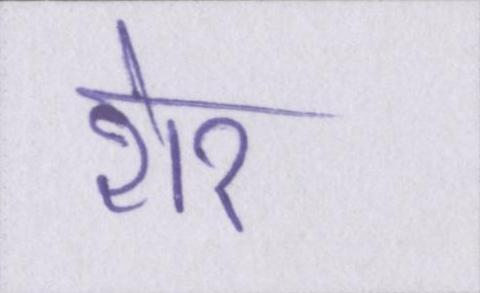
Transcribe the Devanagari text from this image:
शेर